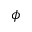
\phi